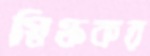
স্নিগ্ধকর